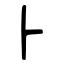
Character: ⺊